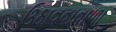
ઉઠાવવાવાળા